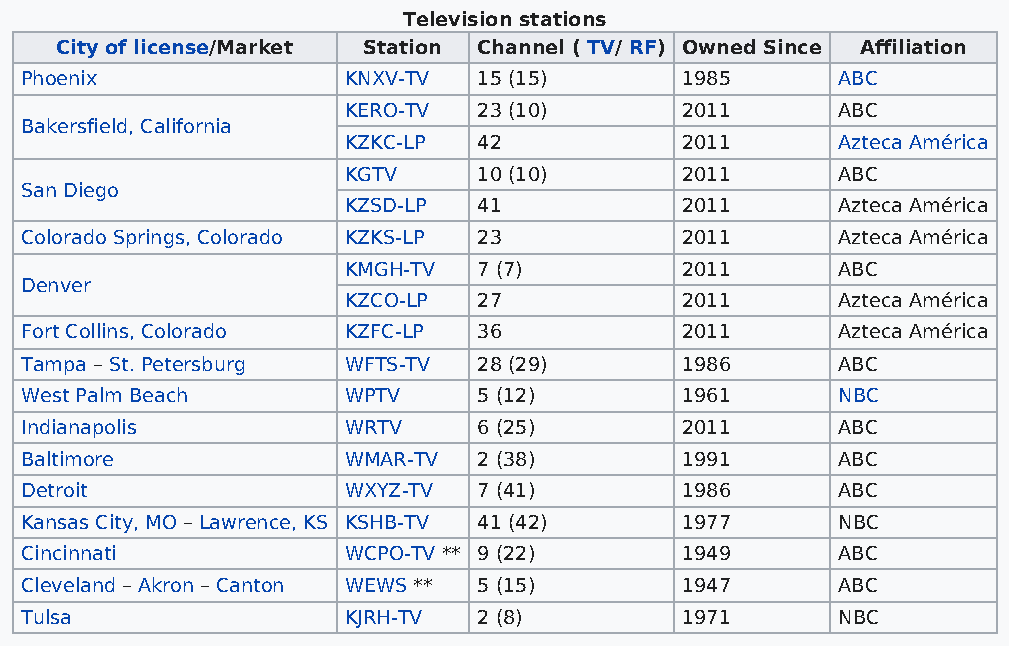
Television stations
 City of license/Market Station Channel ( TV/ RF) Owned Since Affiliation
 Phoenix               KNXV-TV  15 (15)      1985      ABC
 KERO-TV  23 (10)      2011      ABC
 Bakersfield, California
 KZKC-LP  42           2011      Azteca América
 KGTV     10 (10)      2011      ABC
 San Diego
 KZSD-LP  41           2011      Azteca América
 Colorado Springs, Colorado KZKS-LP 23       2011      Azteca América
 KMGH-TV  7 (7)        2011      ABC
 Denver
 KZCO-LP  27           2011      Azteca América
 Fort Collins, Colorado KZFC-LP 36           2011      Azteca América
 Tampa – St. Petersburg WFTS-TV 28 (29)      1986      ABC
 West Palm Beach       WPTV     5 (12)       1961      NBC
 Indianapolis          WRTV     6 (25)       2011      ABC
 Baltimore             WMAR-TV  2 (38)       1991      ABC
 Detroit               WXYZ-TV  7 (41)       1986      ABC
 Kansas City, MO – Lawrence, KS KSHB-TV 41 (42) 1977   NBC
 Cincinnati            WCPO-TV ** 9 (22)     1949      ABC
 Cleveland – Akron – Canton WEWS ** 5 (15)   1947      ABC
 Tulsa                 KJRH-TV  2 (8)        1971      NBC